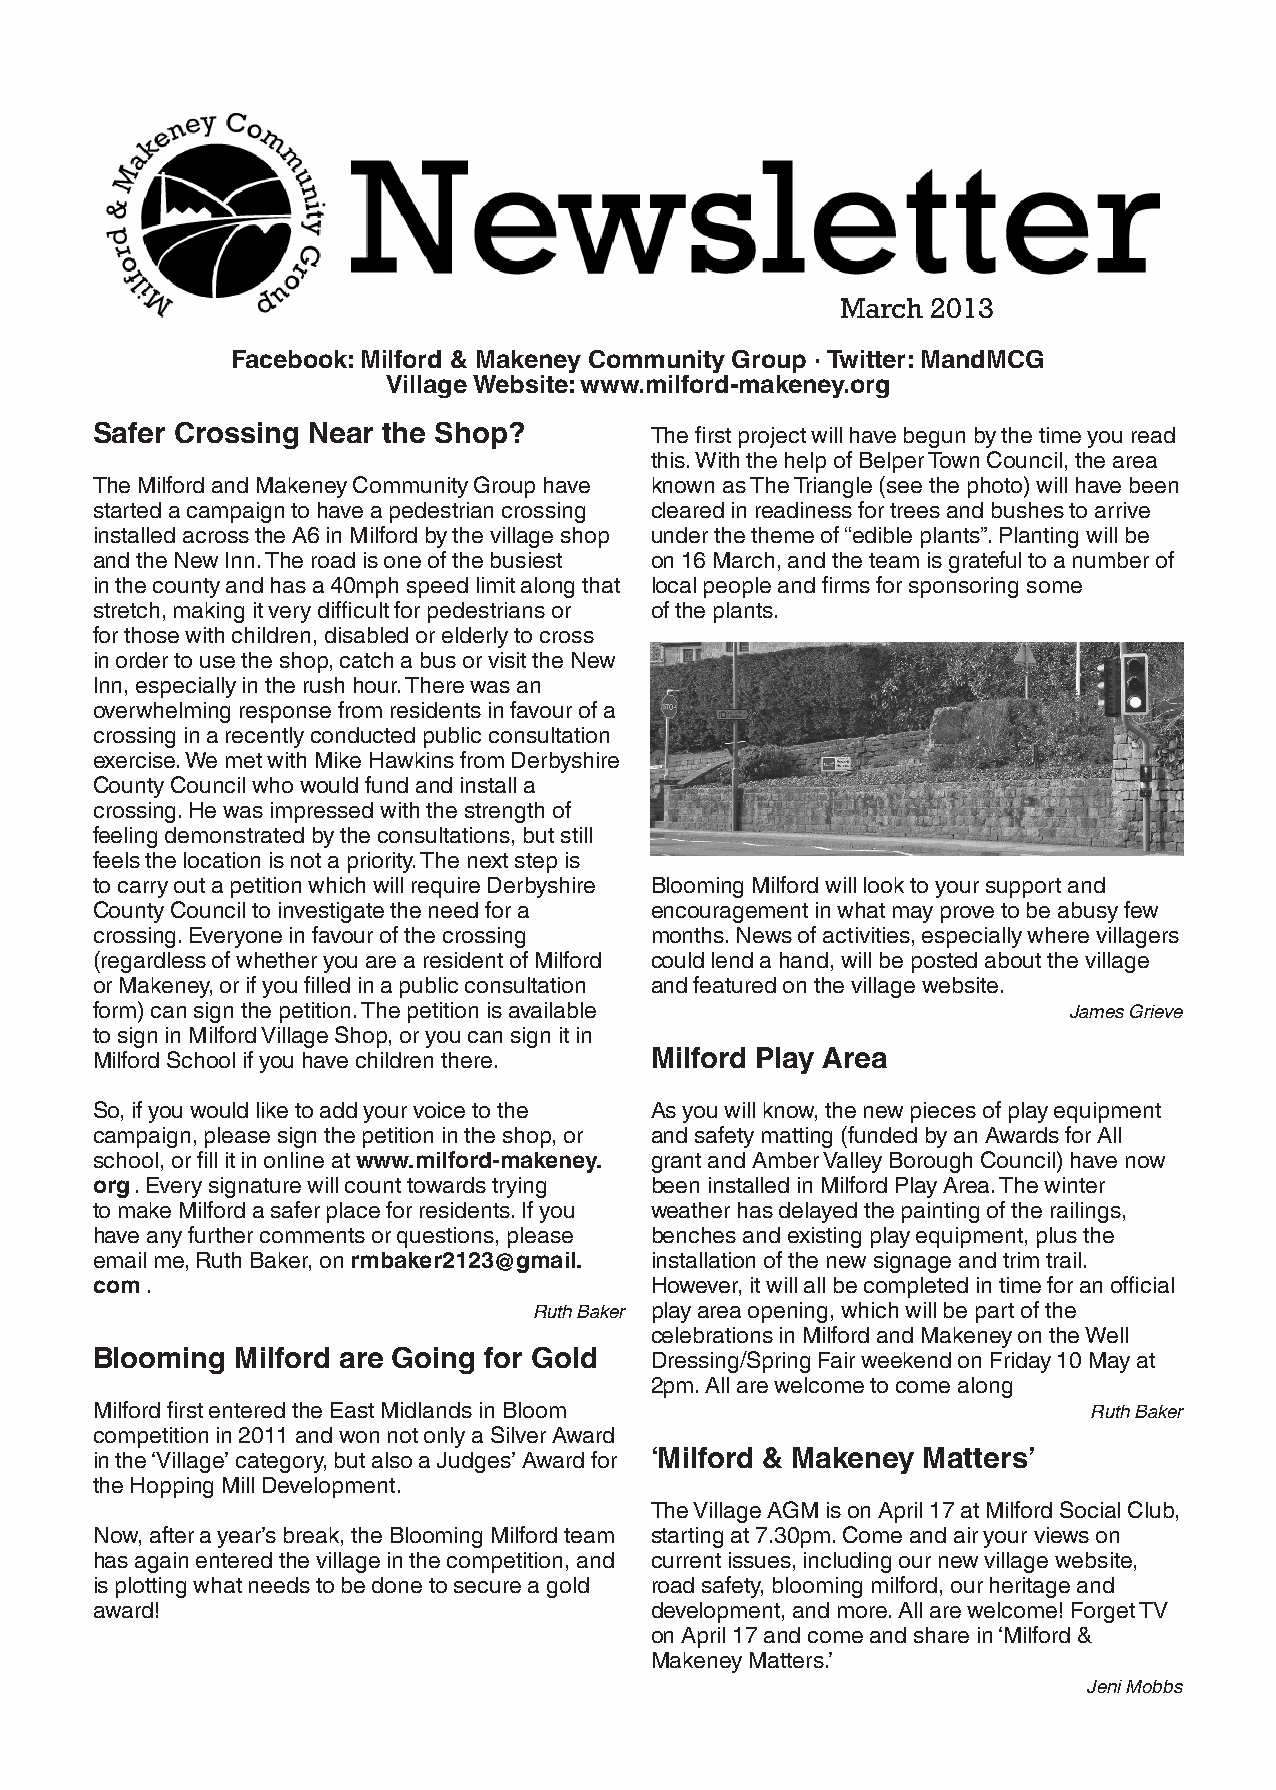
March 2013
 Facebook: Milford & Makeney Community Group · Twitter: MandMCG
 Village Website: www.milford-makeney.org
 Safer Crossing Near the Shop?        The first project will have begun by the time you read
 this. With the help of Belper Town Council, the area
 The Milford and Makeney Community Group have known as The Triangle (see the photo) will have been
 started a campaign to have a pedestrian crossing cleared in readiness for trees and bushes to arrive
 installed across the A6 in Milford by the village shop under the theme of “edible plants”. Planting will be
 and the New Inn. The road is one of the busiest on 16 March, and the team is grateful to a number of
 in the county and has a 40mph speed limit along that local people and firms for sponsoring some
 stretch, making it very difficult for pedestrians or of the plants.
 for those with children, disabled or elderly to cross
 in order to use the shop, catch a bus or visit the New
 Inn, especially in the rush hour. There was an
 overwhelming response from residents in favour of a
 crossing in a recently conducted public consultation
 exercise. We met with Mike Hawkins from Derbyshire
 County Council who would fund and install a
 crossing. He was impressed with the strength of
 feeling demonstrated by the consultations, but still
 feels the location is not a priority. The next step is
 to carry out a petition which will require Derbyshire Blooming Milford will look to your support and
 County Council to investigate the need for a encouragement in what may prove to be abusy few
 crossing. Everyone in favour of the crossing months. News of activities, especially where villagers
 (regardless of whether you are a resident of Milford could lend a hand, will be posted about the village
 or Makeney, or if you filled in a public consultation and featured on the village website.
 form) can sign the petition. The petition is available           James Grieve
 to sign in Milford Village Shop, or you can sign it in
 Milford School if you have children there. Milford Play Area
 So, if you would like to add your voice to the As you will know, the new pieces of play equipment
 campaign, please sign the petition in the shop, or and safety matting (funded by an Awards for All
 school, or fill it in online at www.milford-makeney. grant and Amber Valley Borough Council) have now
 org . Every signature will count towards trying been installed in Milford Play Area. The winter
 to make Milford a safer place for residents. If you weather has delayed the painting of the railings,
 have any further comments or questions, please benches and existing play equipment, plus the
 email me, Ruth Baker, on rmbaker2123@gmail. installation of the new signage and trim trail.
 com .                                However, it will all be completed in time for an official
 Ruth Baker play area opening, which will be part of the
 celebrations in Milford and Makeney on the Well
 Blooming  Milford are Going for Gold Dressing/Spring Fair weekend on Friday 10 May at
 2pm. All are welcome to come along
 Milford first entered the East Midlands in Bloom                  Ruth Baker
 competition in 2011 and won not only a Silver Award
 in the ‘Village’ category, but also a Judges’ Award for ‘Milford & Makeney Matters’
 the Hopping Mill Development.
 The Village AGM is on April 17 at Milford Social Club,
 Now, after a year’s break, the Blooming Milford team starting at 7.30pm. Come and air your views on
 has again entered the village in the competition, and current issues, including our new village website,
 is plotting what needs to be done to secure a gold road safety, blooming milford, our heritage and
 award!                               development, and more. All are welcome! Forget TV
 on April 17 and come and share in ‘Milford &
 Makeney Matters.’
 Jeni Mobbs